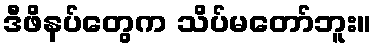
ဒီဖိနပ်တွေက သိပ်မတော်ဘူး။